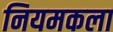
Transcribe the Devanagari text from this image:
नियमकला